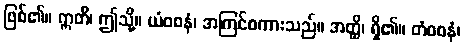
ဖြစ်၏။ ဣတိ၊ ဤသို့။ ယံဝစနံ၊ အကြင်စကားသည်။ အတ္ထိ၊ ရှိ၏။ တံဝစနံ၊